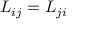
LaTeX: L _ { i j } = L _ { j i }